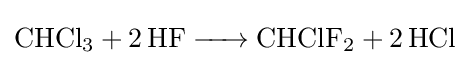
{\ce {CHCl3 + 2 HF -> CHClF2 + 2 HCl}}